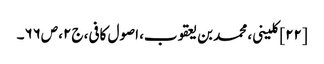
[۲۲] کلینی، محمد بن یعقوب، اصول کافی، ج۲، ص۶۶۔